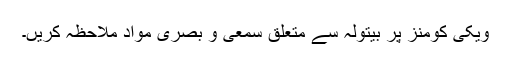
ویکی کومنز پر بیتولہ سے متعلق سمعی و بصری مواد ملاحظہ کریں۔